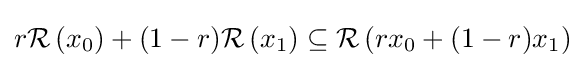
r{\mathcal {R}}\left(x_{0}\right)+(1-r){\mathcal {R}}\left(x_{1}\right)\subseteq {\mathcal {R}}\left(rx_{0}+(1-r)x_{1}\right)